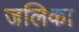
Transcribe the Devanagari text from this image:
जलिका